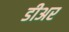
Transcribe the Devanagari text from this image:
डीअर